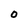
Character: O